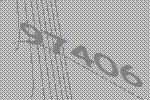
97406